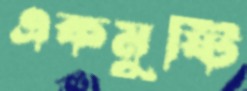
একমুষ্টি